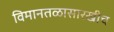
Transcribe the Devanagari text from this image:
विमानतळासारखीच